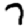
Digit: 7